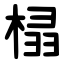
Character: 榋